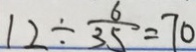
1 2 \div \frac { 6 } { 3 5 } = 7 0